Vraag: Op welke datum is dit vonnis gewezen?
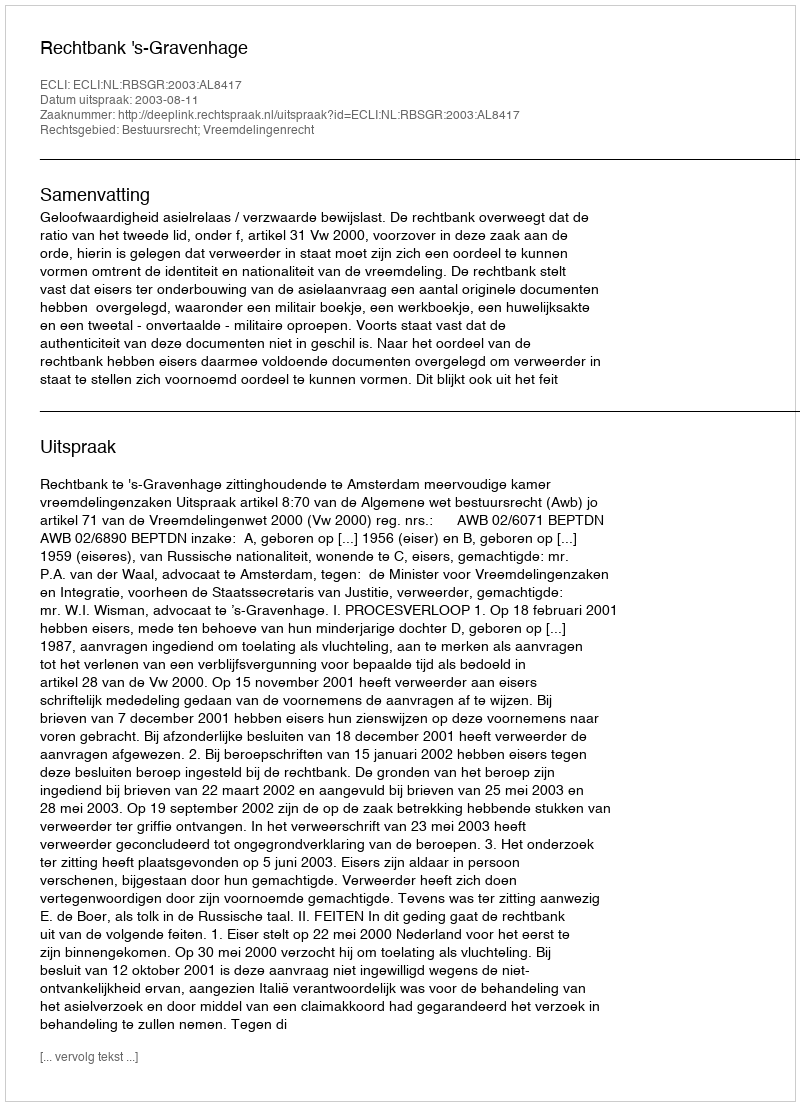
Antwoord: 2003-08-11